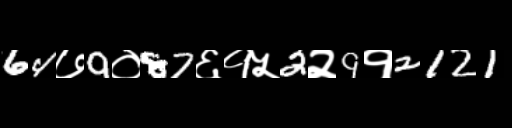
Text: 64७9०87६१५2२9१2121